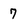
Character: 7